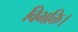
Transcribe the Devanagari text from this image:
विभक्ति।